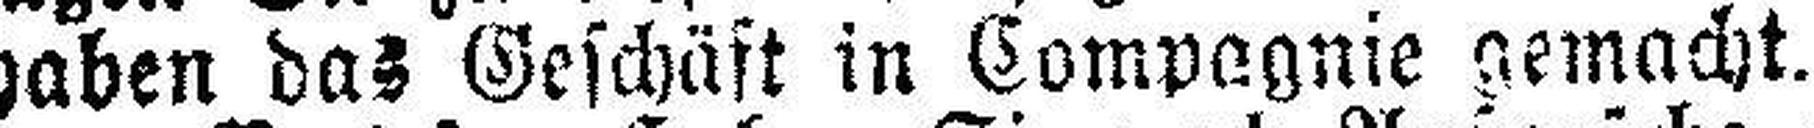
haben das Geschäft in Compagnie gemacht.